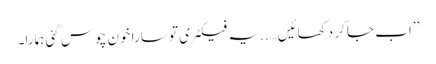
’’اب جا کر دکھائیں…..یہ فیکٹری تو سارا خون چوس گئی ہمارا۔